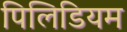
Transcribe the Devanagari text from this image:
पिलिडियम